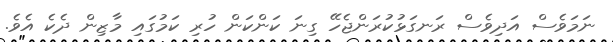
ނަމަވެސް އަދިވެސް ރަނގަޅުކުރަންޖެހޭ ގިނަ ކަންކަން ހުރި ކަމުގައި މާޒިން ދެކެ އެވެ.